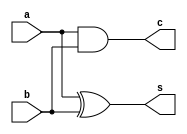
module halfAdder_d(
    input a, b,
    output c, s
    );
    assign c = a & b;
    assign s = a^b;
endmodule